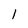
Character: l